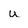
Character: u